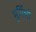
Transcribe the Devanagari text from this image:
मुर्मिलो